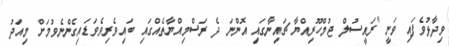
ވިދާޅުވެފައި ވަނީ "ރައީސުލް ޖުމްހޫރިއްޔާ ޗައިނާގައި އޮންނަ ދެ ރަސްމިއްޔާތެއްގައި ބައިވެރިވެވަޑައިގެންނެވުމަށް މިއަދު